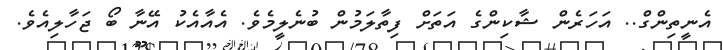
އެނީތިންގް.. އަހަރެން ޝާކިންގެ އަތަށް ފިތާލަމުން ބުނެލީމެވެ. އެއާއެކު އޭނާ ބޯ ޖަހާލިއެވެ.